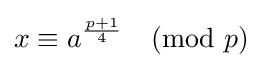
x\equiv a^{\frac {p+1}{4}}{\pmod {p}}